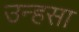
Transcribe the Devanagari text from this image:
उन्हसा